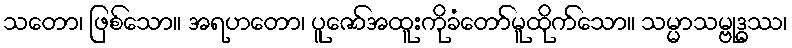
သတော၊ ဖြစ်သော။ အရဟတော၊ ပူဇော်အထူးကိုခံတော်မူထိုက်သော။ သမ္မာသမ္ဗုဒ္ဓဿ၊